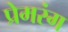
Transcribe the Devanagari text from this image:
प्रेमरंग